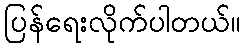
ပြန်ရေးလိုက်ပါတယ်။